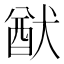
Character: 猷